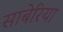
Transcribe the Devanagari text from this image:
साबेरिया